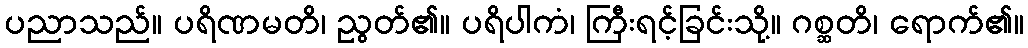
ပညာသည်။ ပရိဏမတိ၊ ညွတ်၏။ ပရိပါကံ၊ ကြီးရင့်ခြင်းသို့။ ဂစ္ဆတိ၊ ရောက်၏။